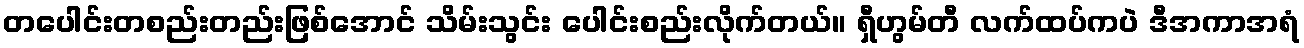
တပေါင်းတစည်းတည်းဖြစ်အောင် သိမ်းသွင်း ပေါင်းစည်းလိုက်တယ်။ ရှီဟွမ်တီ လက်ထပ်ကပဲ ဒီအကာအရံ